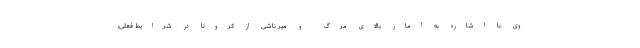
وی با اشاره به آمار بالای مرگ و میر ناشی از کرونا در شرایط فعلی،‌